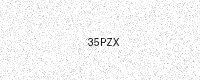
Text: 35PZX